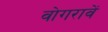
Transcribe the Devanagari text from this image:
वोगरावें